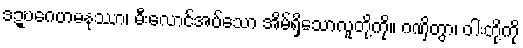
ဒဍ္ဎဂေဟမနုဿာ၊ မီးလောင်အပ်သော အိမ်ရှိသောလူတို့ကို။ ဂဏှိတွာ၊ ဝါးတို့ကို